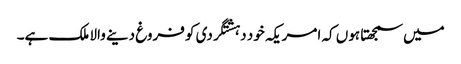
میں سمجھتا ہوں کہ امریکہ خود دہشتگردی کو فروغ دینے والا ملک ہے۔